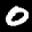
Label: 0